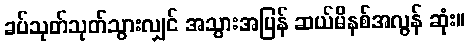
ခပ်သုတ်သုတ်သွားလျှင် အသွားအပြန် ဆယ်မိနစ်အလွန် ဆုံး။